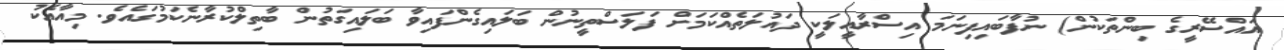
އައްސޭރީގެ ބިންތަކުން) ނުފާބައިފިނަމަ އިސްރާއީލަކީ ދައުލަތެއްކަމަށް ފަލަސްތީނުން ބަލައިގެންފައިވާ ބަލައިގަތުން ބާތިލްކުރާނެކަމުގައެވެ. މިއާއެކު